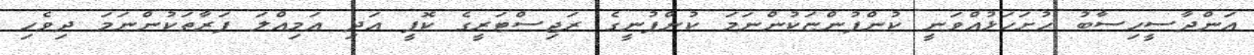
އަންދާސީހިސާބު ހުށަހަޅުއްވަނީ ކުންފުންޏަކުންނަމަ ކުންފުނީގެ ރަޖިސްޓަރީގެ ކޮޕީ އަދި އަމިއްލަ ފަރާތަކުންނަމަ ދިވެހި